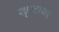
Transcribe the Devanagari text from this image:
खृष्टाब्द